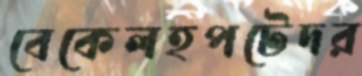
বেকেলহপটেদর